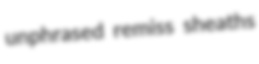
unphrased remiss sheaths